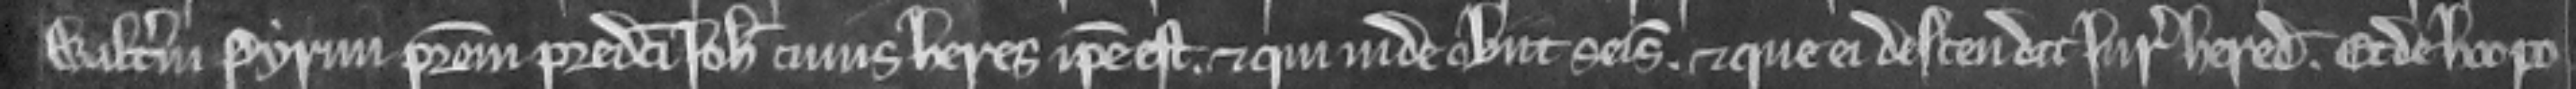
Walterum Pyrun patrem predicti Johannis cujus heres ipse est et qui inde obiit seisitus. Et que ei descendit jure hereditario. Et de hoc po